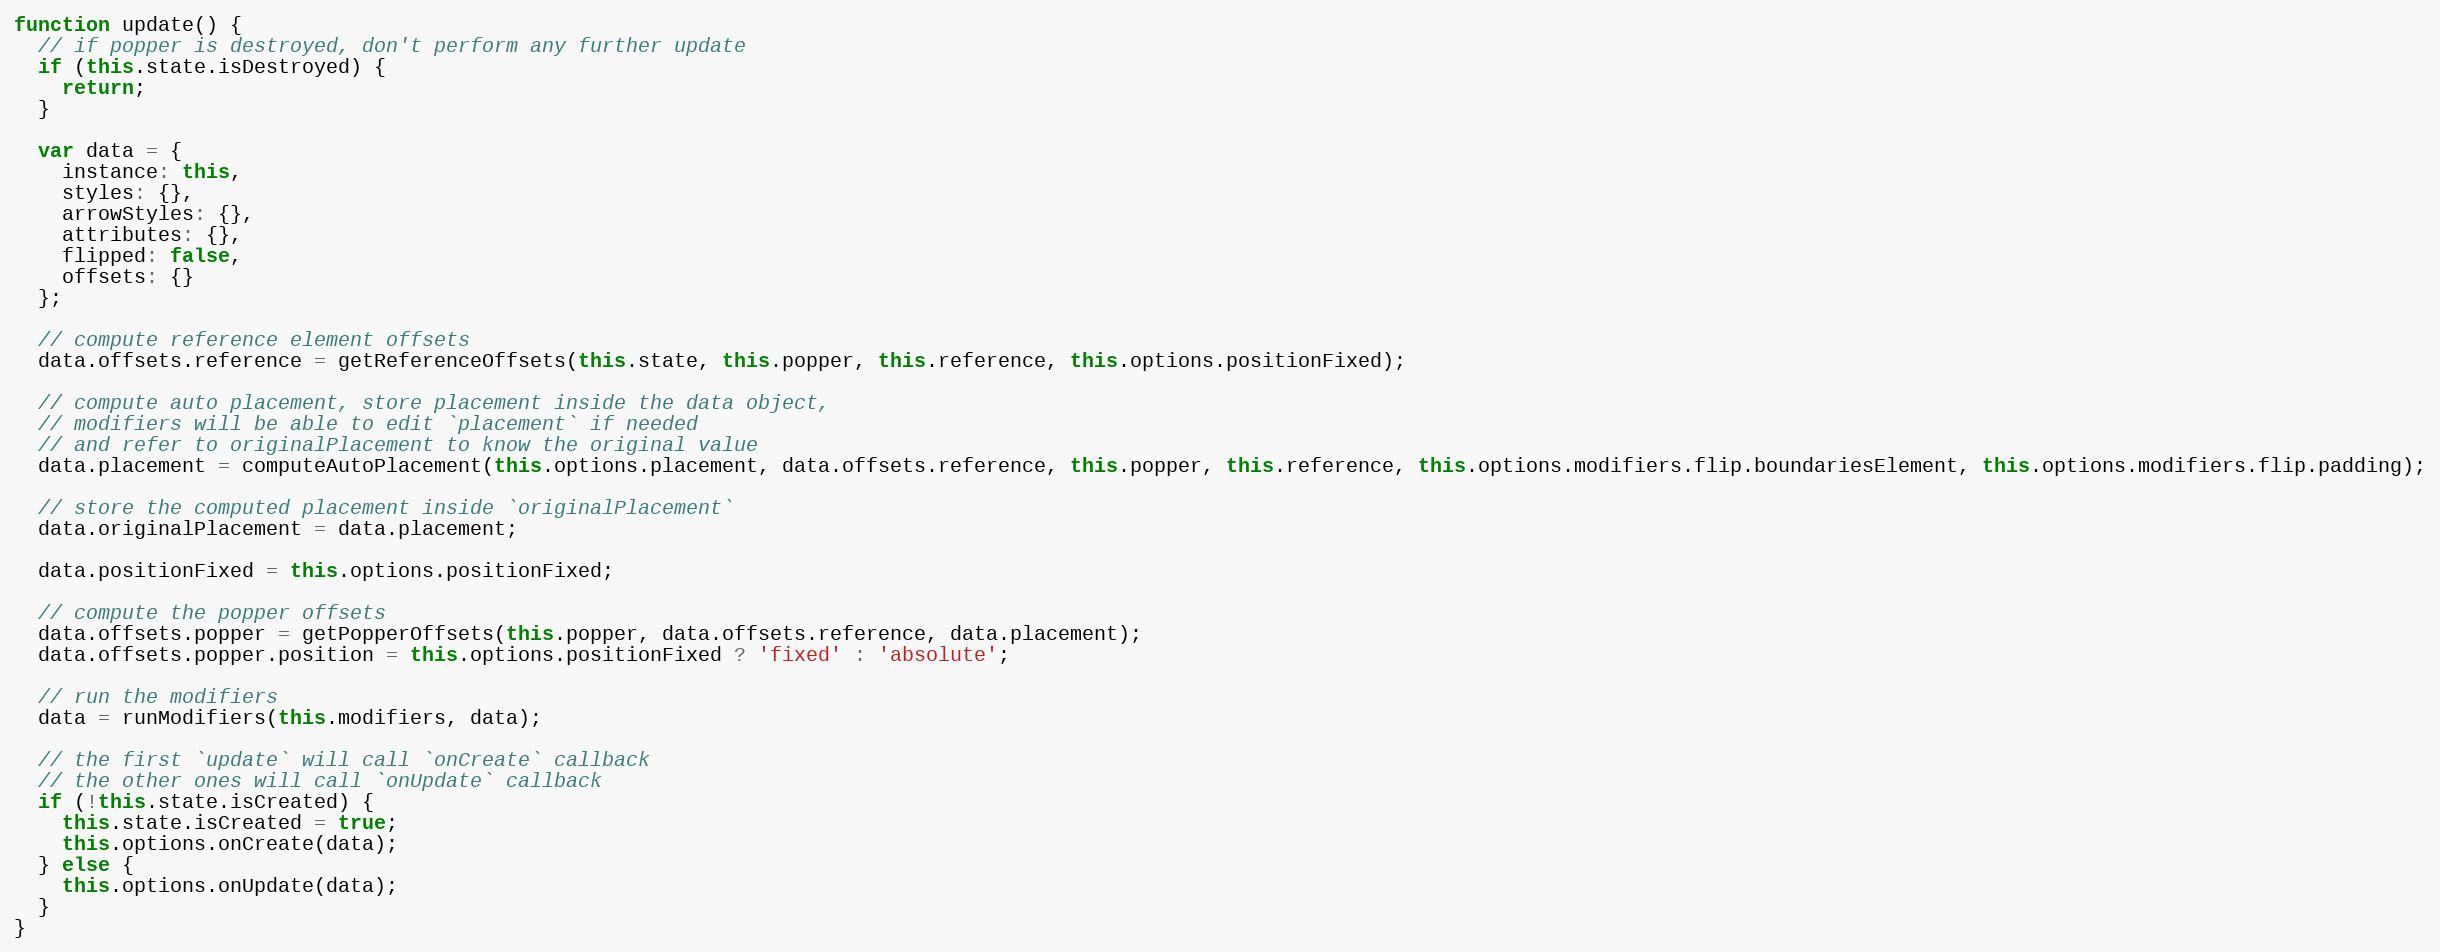
Language: JavaScript
function update() {
  // if popper is destroyed, don't perform any further update
  if (this.state.isDestroyed) {
    return;
  }

  var data = {
    instance: this,
    styles: {},
    arrowStyles: {},
    attributes: {},
    flipped: false,
    offsets: {}
  };

  // compute reference element offsets
  data.offsets.reference = getReferenceOffsets(this.state, this.popper, this.reference, this.options.positionFixed);

  // compute auto placement, store placement inside the data object,
  // modifiers will be able to edit `placement` if needed
  // and refer to originalPlacement to know the original value
  data.placement = computeAutoPlacement(this.options.placement, data.offsets.reference, this.popper, this.reference, this.options.modifiers.flip.boundariesElement, this.options.modifiers.flip.padding);

  // store the computed placement inside `originalPlacement`
  data.originalPlacement = data.placement;

  data.positionFixed = this.options.positionFixed;

  // compute the popper offsets
  data.offsets.popper = getPopperOffsets(this.popper, data.offsets.reference, data.placement);
  data.offsets.popper.position = this.options.positionFixed ? 'fixed' : 'absolute';

  // run the modifiers
  data = runModifiers(this.modifiers, data);

  // the first `update` will call `onCreate` callback
  // the other ones will call `onUpdate` callback
  if (!this.state.isCreated) {
    this.state.isCreated = true;
    this.options.onCreate(data);
  } else {
    this.options.onUpdate(data);
  }
}